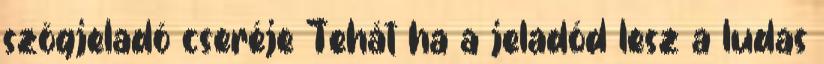
szögjeladó cseréje Tehát ha a jeladód lesz a ludas